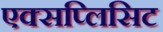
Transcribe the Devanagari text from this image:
एक्सप्लिसिट